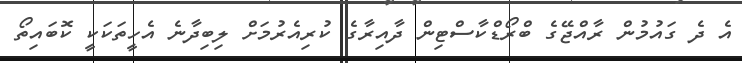
އެ ދެ ގައުމުން ރާއްޖޭގެ ބްރޯޑްކާސްޓިން ދާއިރާގެ ކުރިއެރުމަށް ލިބިދާނެ އެހީތަކަކީ ކޮބައިތޯ